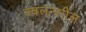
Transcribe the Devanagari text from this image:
ज्वलन्शील